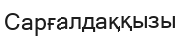
Сарғалдаққызы